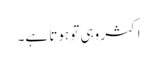
اکثر وہی تو ہوتا ہے۔